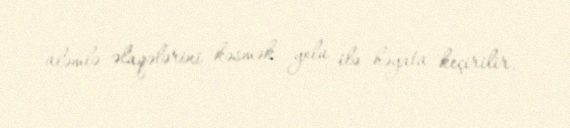
aləmlə əlaqələrini kəsmək yolu ilə həyata keçirilir.